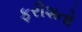
ફરીશતો